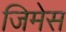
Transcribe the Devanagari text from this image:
जिमेस